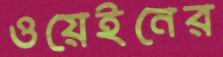
ওয়েইনের